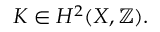
K \in H ^ { 2 } ( X , \mathbb { Z } ) .